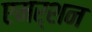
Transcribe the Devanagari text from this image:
एमर्शन